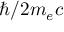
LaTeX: \hbar / 2 m _ { e } c